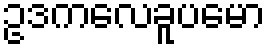
ဥဒကလေခူပမော